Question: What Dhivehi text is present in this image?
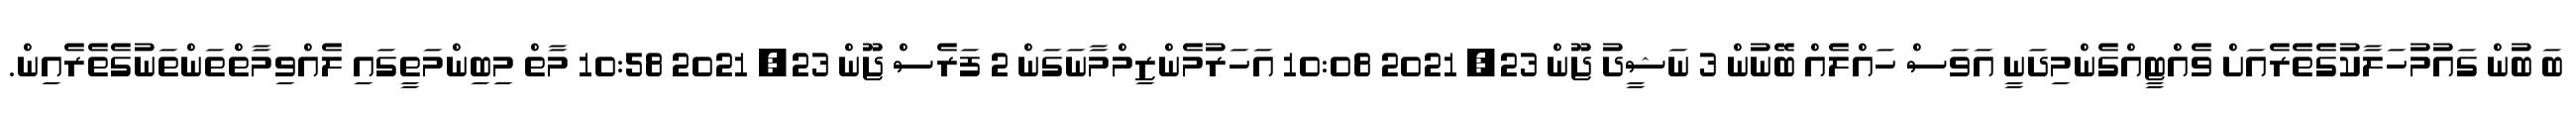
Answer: ބަ ބުން ގައުމުހަލާކުގެތެރެއަށް ވެއްޓީއްގެންމިދަނީ އަވަސް ހައްލެއް ބޭނުން 3 ނަޝީދު ޖޫން 23, 2021 10:08 އަހަރުމެންޒިމްމާނަގަން 2 ފަރެސް ޖޫން 23, 2021 10:58 މާތް މިބިންމަތީގައި ލެއްވިމާތްތަންތަނުގެތެރެއިން.